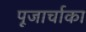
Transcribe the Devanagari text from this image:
पूजार्चाका